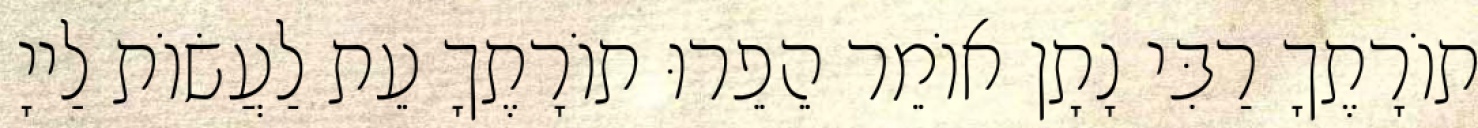
תוֹרָתֶךָ רַבִּי נָתָן אוֹמֵר הֵפֵרוּ תוֹרָתֶךָ עֵת לַעֲשׂוֹת לַייָ